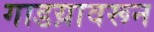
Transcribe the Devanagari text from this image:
गाडय़ावरून